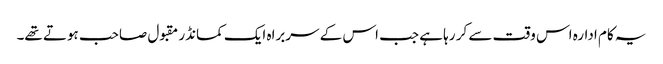
یہ کام ادارہ اس وقت سے کر رہا ہے جب اس کے سربراہ ایک کمانڈر مقبول صاحب ہوتے تھے۔